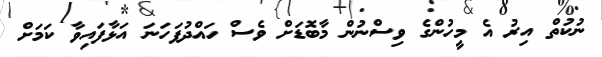
ނުކުތް އިރު އެ މީހުންގެ ވިސްނުން މާބޮޑަށް ވެސް ހައްދުފަހަނަ އަޅާފައިވާ ކަމަށް